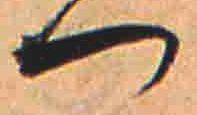
つ